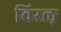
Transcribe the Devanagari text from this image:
विरल़